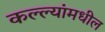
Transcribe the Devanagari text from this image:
कल्ल्यांमधील